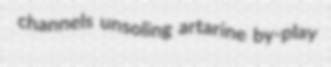
channels unsoling artarine by-play